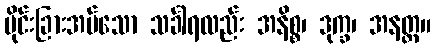
ပိုင်းခြားအပ်သော သင်္ခါရလည်း အနိစ္စ၊ ဒုက္ခ၊ အနတ္တ။